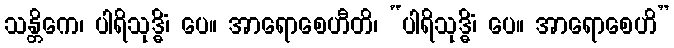
သန္တိကေ၊ ပါရိသုဒ္ဓိံ၊ ပေ။ အာရောစေဟီတိ၊ “ပါရိသုဒ္ဓိံ၊ ပေ။ အာရောစေဟိ”